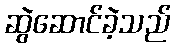
ဆွဲဆောင်ခဲ့သည်